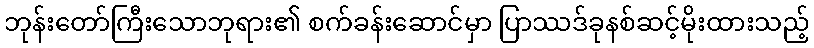
ဘုန်းတော်ကြီးသောဘုရား၏ စက်ခန်းဆောင်မှာ ပြာဿဒ်ခုနစ်ဆင့်မိုးထားသည့်